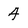
Character: 4